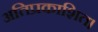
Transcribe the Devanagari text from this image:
अतिप्रकाशित।